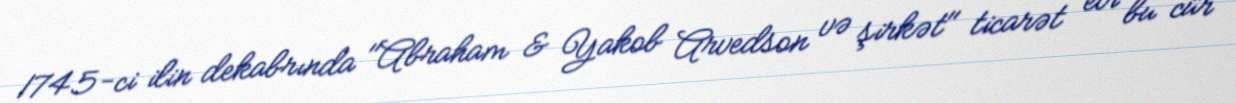
1745-ci ilin dekabrında "Abraham & Yakob Arvedson və şirkət" ticarət evi bu cür